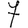
Digit: 7